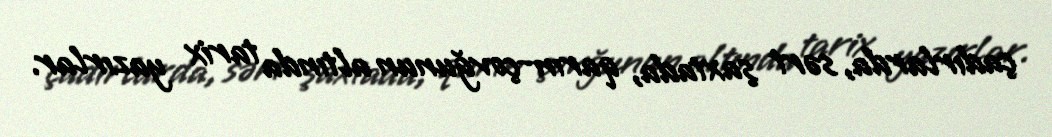
çadırlarda, sərt şaxtada, qarın-çovğunun altında tarix yazırlar.